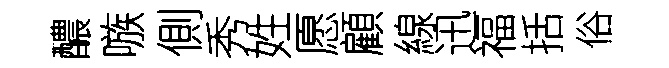
醲嗾側秀姓愿顧線迅福括俗